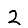
Digit: 2